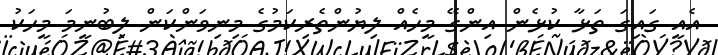
އެއީ ގައިގަ ތަޅާ ކުޅެން އިންގޭ މީހެއް ލިޔުންތެރިކަމުގެ މިނިވަންކަން ލިބުނީމަ މީހަކު